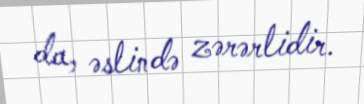
da, əslində zərərlidir.